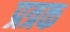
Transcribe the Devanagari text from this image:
प्रत्रक